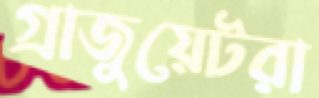
গ্রাজুয়েটরা